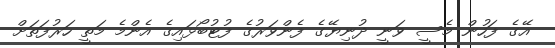
އޭގެ ފަހުން މެސީ ވަނީ ދުނިޔޭގެ ފެންވަރުގެ ފުޓުބޯޅައިގެ އެންމެ މަތީ ހަރުފަތަށް